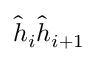
\hat { h } _ { i } \hat { h } _ { i + 1 }